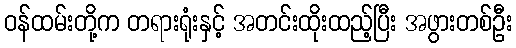
ဝန်ထမ်းတို့က တရားရုံးနှင့် အတင်းထိုးထည့်ပြီး အဖွားတစ်ဦး